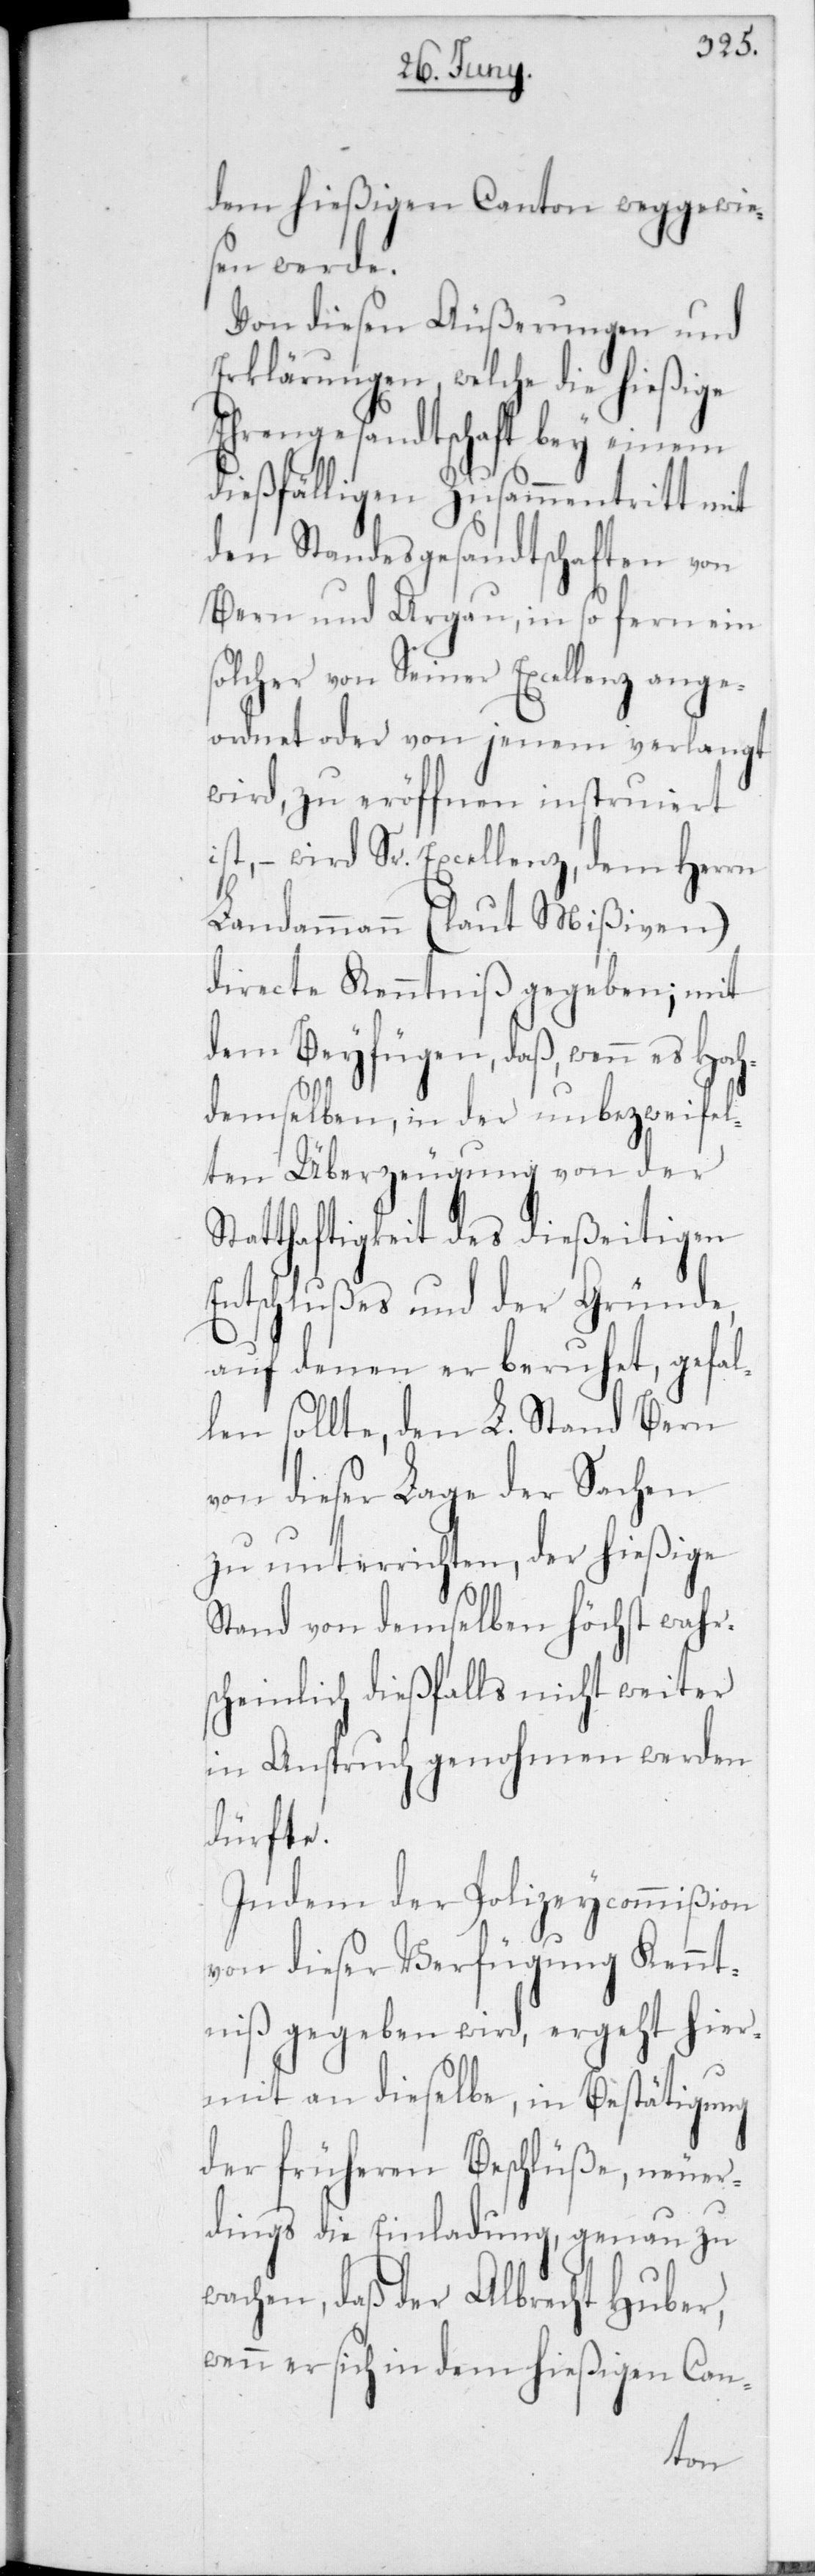
dem hießigen Canton weggewie¬
sen werde.
Von diesen Äußerungen und
Erklärungen, welche die hießige
Ehrengesandtschaft bey einem
dießfälligen Zusammentritt mit
den Standesgesandtschaften von
Bern und Argau, in so fern ein
lcher von Seiner Excellenz a¬
ngeordnet oder von jenem verlangt
wird, zu eröffnen instruiert
ist, – wird Sr. Excellenz, dem Herrn
Landammann (laut Mißiven)
directe Kenntniß gegeben; mit
dem Beyfügen, daß, wenn es Hoch¬
demselben in der unbezweyfel¬
ten Überzeugung von der
Statthaftigkeit des dießeitigen
Entschlußes und der Gründe,
auf denen er beruhet, gefal¬
len sollte, den L. Stand Bern
von dieser Lage der Sachen
zu unterrichten, der hießige
Stand von demselben höchst wahr¬
scheinlich dießfalls nicht weiter
in Anspruch genohmen werden
dürfte.
Indem der Polizeycommißion
von dieser Verfügung Kennt¬
niß gegeben wird, ergeht hier¬
mit an dieselbe, in Bestätigung
der früheren Beschlüße, neuer¬
dings die Einladung, genau zu
wachen, daß der Albrecht Huber,
wenn er sich in dem hießigen Can-
so¬